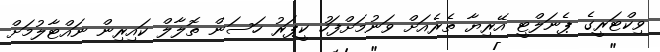
ވިކްޓަރީގެ ޕެނަލްޓީ އޭރިޔާ ތެރެއަށް ވަނުމަށްފަހު ކީޕަރު ހަސަން ތޮލާލް ކައިރިން ނައްޓާލުމަށް